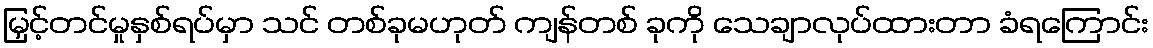
မြှင့်တင်မှုနှစ်ရပ်မှာ သင် တစ်ခုမဟုတ် ကျန်တစ် ခုကို သေချာလုပ်ထားတာ ခံရကြောင်း